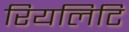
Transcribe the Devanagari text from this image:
रियलिटि